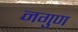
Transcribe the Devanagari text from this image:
नगुण